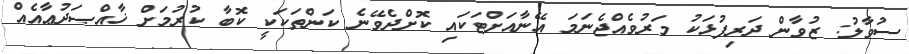
ސުވާލު: ޒުވާން ދަރިފުޅަކު މަރުވެއްޖެނަމަ އޭނާއަށްޓަކައި ކޮށްދެވޭނެ ކަންތަކަކީ ކޮބާ ކުރުމަށް ޚާއްޞަދުޢާއެއް